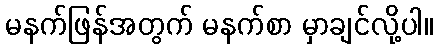
မနက်ဖြန်အတွက် မနက်စာ မှာချင်လို့ပါ။